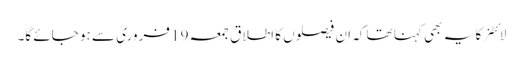
لائٹنر کا یہ بھی کہنا تھا کہ ان فیصلوں کا اطلاق جمعہ 19 فروری سے ہو جائے گا۔